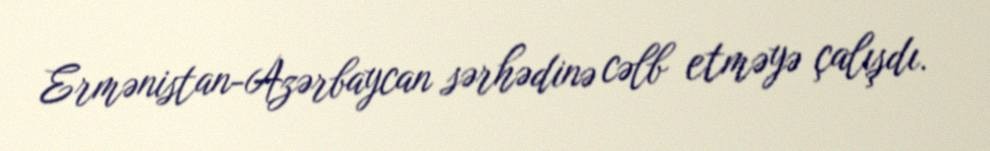
Ermənistan-Azərbaycan sərhədinə cəlb etməyə çalışdı.